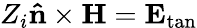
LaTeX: {Z_{i}}{\mathbf{\hat{n}}}\times{\mathbf{H}}={{\mathbf{E}}_{\tan}}